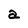
Character: a